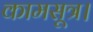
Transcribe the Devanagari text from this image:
कामसूत्र।